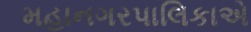
મહાનગરપાલિકાએ